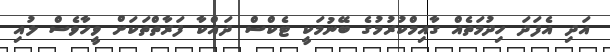
އަދި އެފަދަ ހިދުމަތެއް ގާއިމްކުރުމުގެ ބޭނުމަކީ ޓެކްސް ދައްކާ ފަރާތްތަކަށް ވީހާވެސް ލުއި